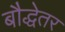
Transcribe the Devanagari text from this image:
बौद्धेतर